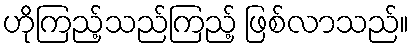
ဟိုကြည့်သည်ကြည့် ဖြစ်လာသည်။